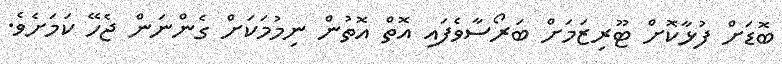
ބޮޑަށް ފުޅާކޮށް ޓޫރިޒަމަށް ބަރޯސާވެފައި އޮތް އޮތުން ނިމުމަކަށް ގެންނަން ޖެހޭ ކަމަށެވެ.